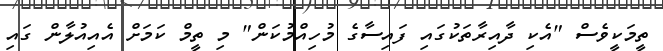
ތީމަކީވެސް "އެކި ދާއިރާތަކުގައި ފައިސާގެ މުހިއްމުކަން" މި ތީމް ކަމަށް އެއިއުލާން ގައި